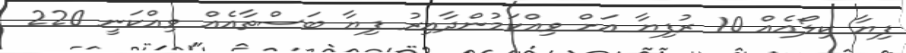
ފިޔާ ކިލޯއެއް 10 ރުފިޔާ އަށް ވިއްކަމުންދާއިރު ފިޔާ ބަސްތާއެއް ވިއްކަނީ 220